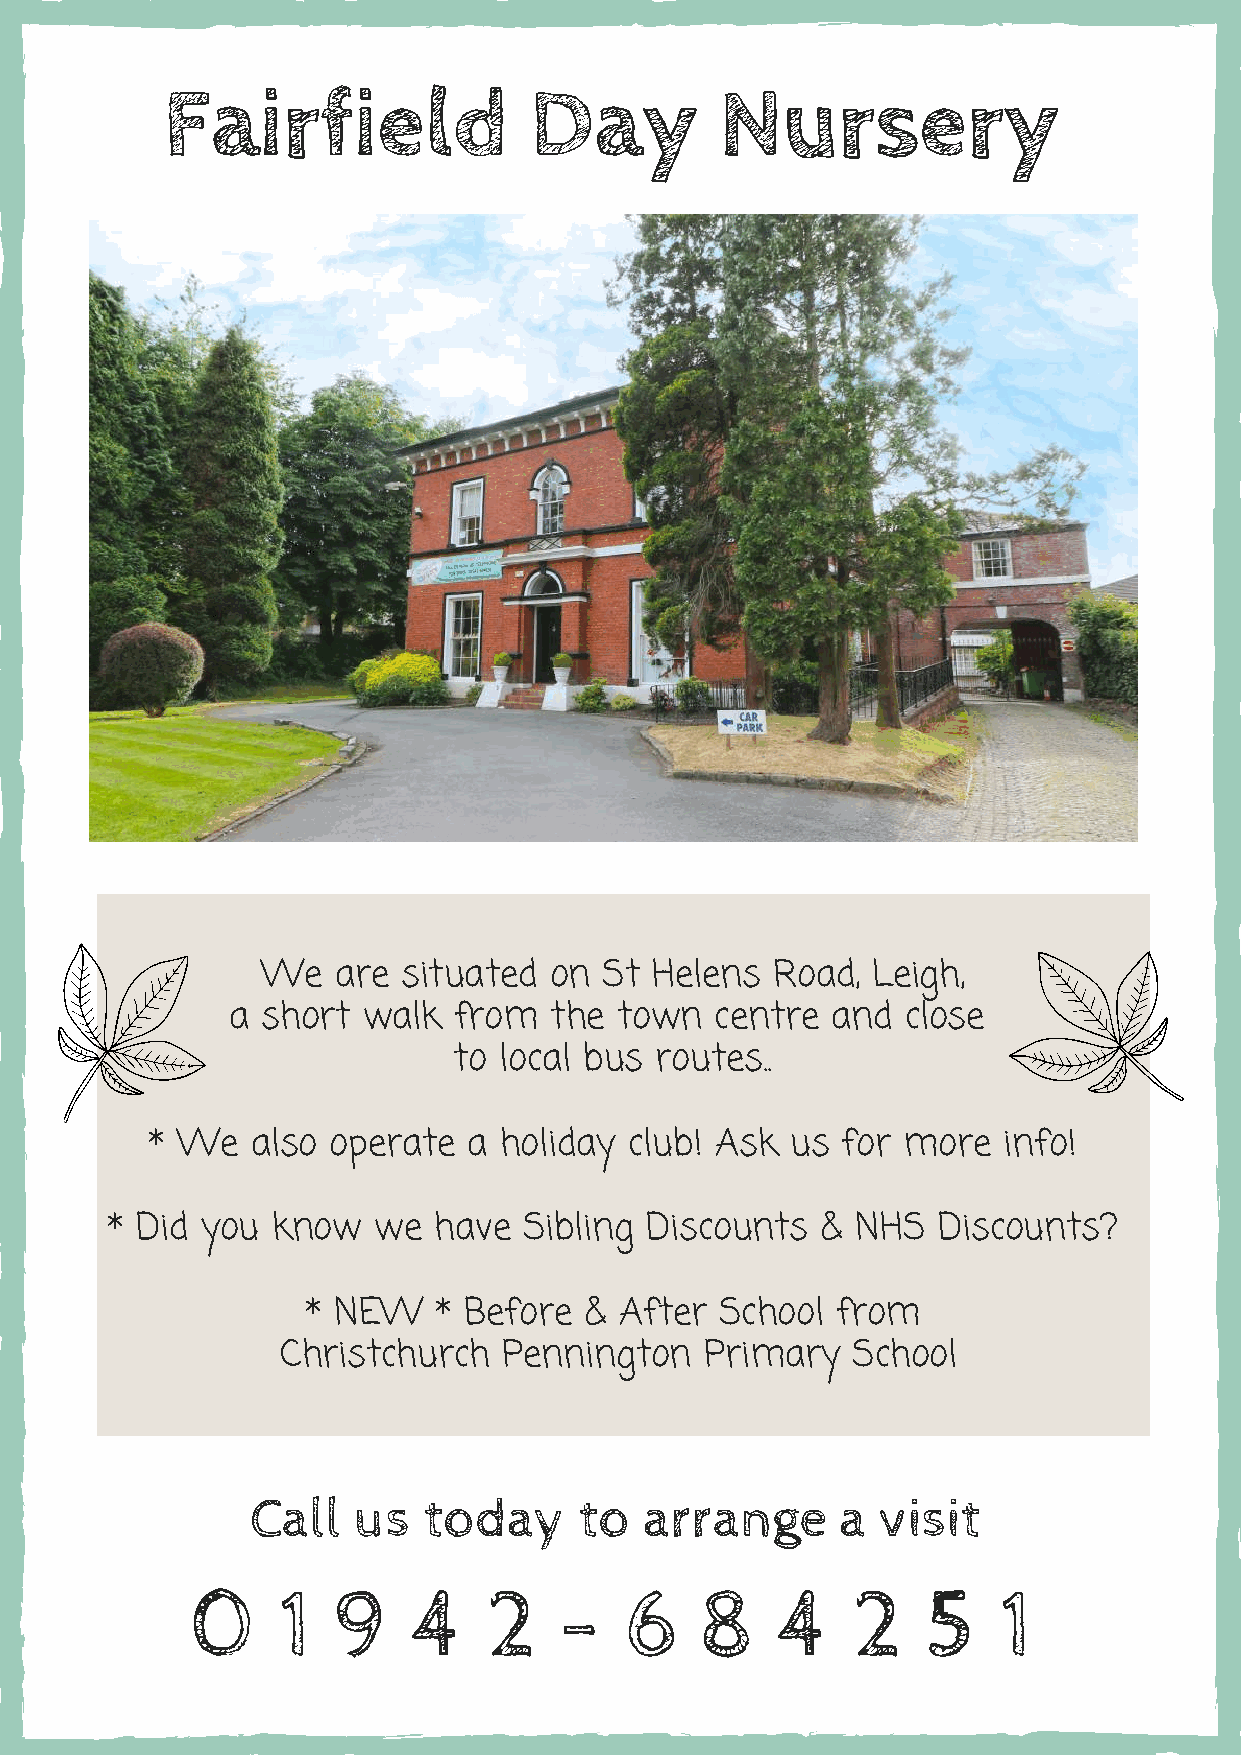
Fairfield               Day          Nursery
 We   are  situated on  St Helens  Road,  Leigh,
 a short  walk  from  the  town  centre  and  close
 to local bus routes..
 * We   also operate  a holiday  club! Ask us  for more  info!
 * Did you  know   we  have  Sibling Discounts  &  NHS  Discounts?
 * NEW    * Before  & After  School from
 Christchurch  Pennington    Primary  School
 Call  us   today     to   arrange      a visit
 0    1   9    4    2    -   6    8    4     2   5    1